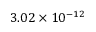
3 . 0 2 \times 1 0 ^ { - 1 2 }